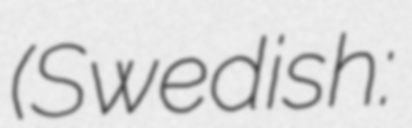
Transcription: (Swedish: